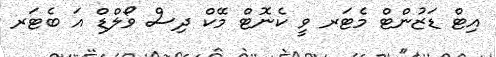
އިޓް ޑަޒުންޓް މެޓަރ ވީ ކެނޮޓް މޭކް ދިސް ވޯލްޑް އަ ބެޓަރ